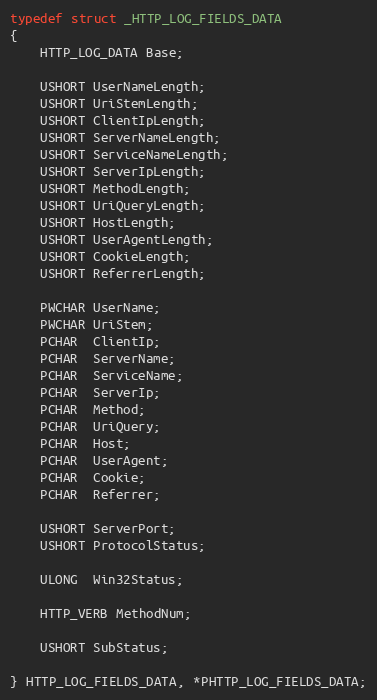
Language: C
typedef struct _HTTP_LOG_FIELDS_DATA
{
    HTTP_LOG_DATA Base;

    USHORT UserNameLength;
    USHORT UriStemLength;
    USHORT ClientIpLength;
    USHORT ServerNameLength;
    USHORT ServiceNameLength;
    USHORT ServerIpLength;
    USHORT MethodLength;
    USHORT UriQueryLength;
    USHORT HostLength;
    USHORT UserAgentLength;
    USHORT CookieLength;
    USHORT ReferrerLength;

    PWCHAR UserName;
    PWCHAR UriStem;
    PCHAR  ClientIp;
    PCHAR  ServerName;
    PCHAR  ServiceName;
    PCHAR  ServerIp;
    PCHAR  Method;
    PCHAR  UriQuery;
    PCHAR  Host;
    PCHAR  UserAgent;
    PCHAR  Cookie;
    PCHAR  Referrer;

    USHORT ServerPort;
    USHORT ProtocolStatus;

    ULONG  Win32Status;

    HTTP_VERB MethodNum;

    USHORT SubStatus;

} HTTP_LOG_FIELDS_DATA, *PHTTP_LOG_FIELDS_DATA;